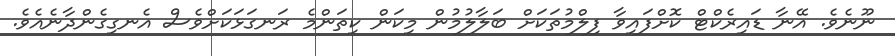
ނޫނެވެ. އޭނާ ޑައިރެކްޓް ކޮށްފައިވާ ފިލްމުތަކަށް ބަލާލުމުން މިކަން ކިތަންމެ ރަނގަޅަކަށްވެސް އެނގިގެންދާނެއެވެ.